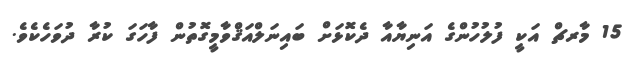
15 މާރޗް އަކީ ފުލުހުންގެ އަނިޔާއާ ދެކޮޅަށް ބައިނަލްއަޤްވާމީގޮތުން ފާހަގަ ކުރާ ދުވަހެކެވެ.